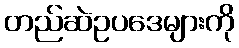
တည်ဆဲဥပဒေများကို